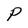
Character: P